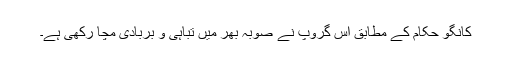
کانگو حکام کے مطابق اس گروپ نے صوبہ بھر میں تباہی و بربادی مچا رکھی ہے۔